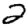
Digit: 2